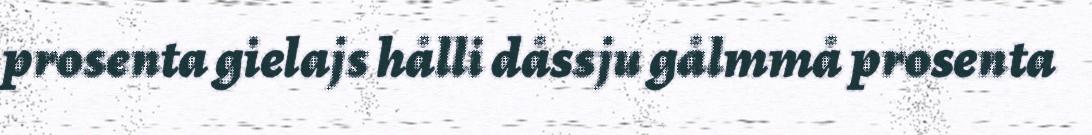
prosenta gielajs hålli dåssju gålmmå prosenta